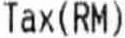
TAX(RM)